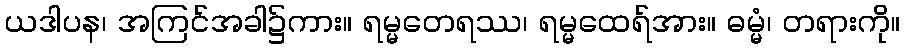
ယဒါပန၊ အကြင်အခါ၌ကား။ ရမ္မတေရဿ၊ ရမ္မထေရ်အား။ ဓမ္မံ၊ တရားကို။